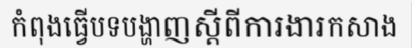
កំពុងធ្វើបទបង្ហាញស្តីពីការងារកសាង